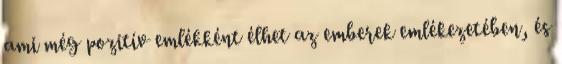
ami még pozitív emlékként élhet az emberek emlékezetében, és